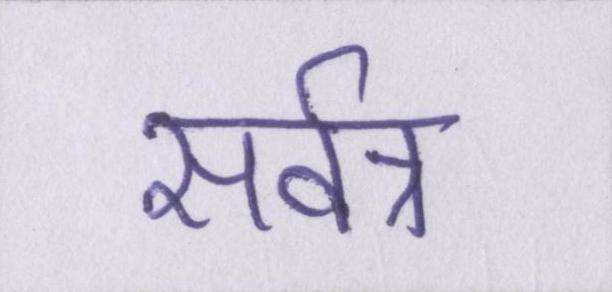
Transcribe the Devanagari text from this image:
सर्वत्र